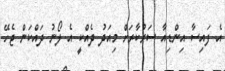
އެ ފައިސާ އިންޑިއާ ސަރުކާރަށް މިއަދު ދެއްކީ އެ ލޯނު ދައްކަން ޖެހޭ